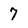
Character: 7